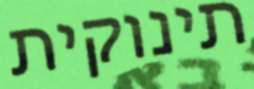
תינוקית